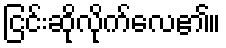
ငြင်းဆိုလိုက်လေ၏။